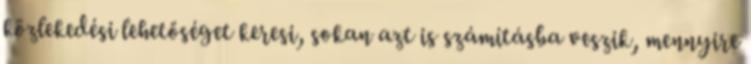
közlekedési lehetőséget keresi, sokan azt is számításba veszik, mennyire